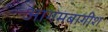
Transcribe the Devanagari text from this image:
आगमबागीश